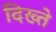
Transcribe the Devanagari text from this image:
दिख्ते